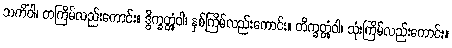
သကိံဝါ၊ တကြိမ်လည်းကောင်း။ ဒွိက္ခတ္တုံဝါ၊ နှစ်ကြိမ်လည်းကောင်း။ တိက္ခတ္တုံဝါ၊ သုံးကြိမ်လည်းကောင်း။